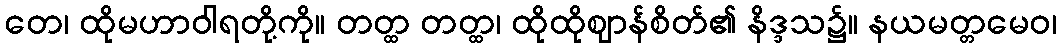
တေ၊ ထိုမဟာဝါရတို့ကို။ တတ္ထ တတ္ထ၊ ထိုထိုဈာန်စိတ်၏ နိဒ္ဒသ၌။ နယမတ္တမေဝ၊